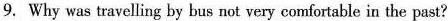
9. Why was travelling by bus not very comfortable in the past?